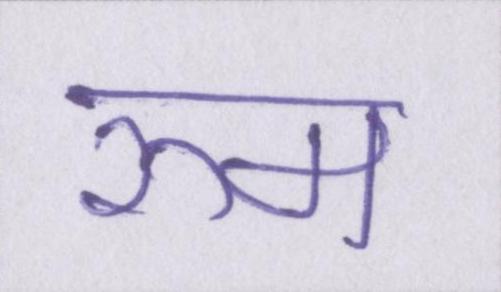
रुम